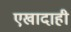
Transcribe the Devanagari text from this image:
एखादाही